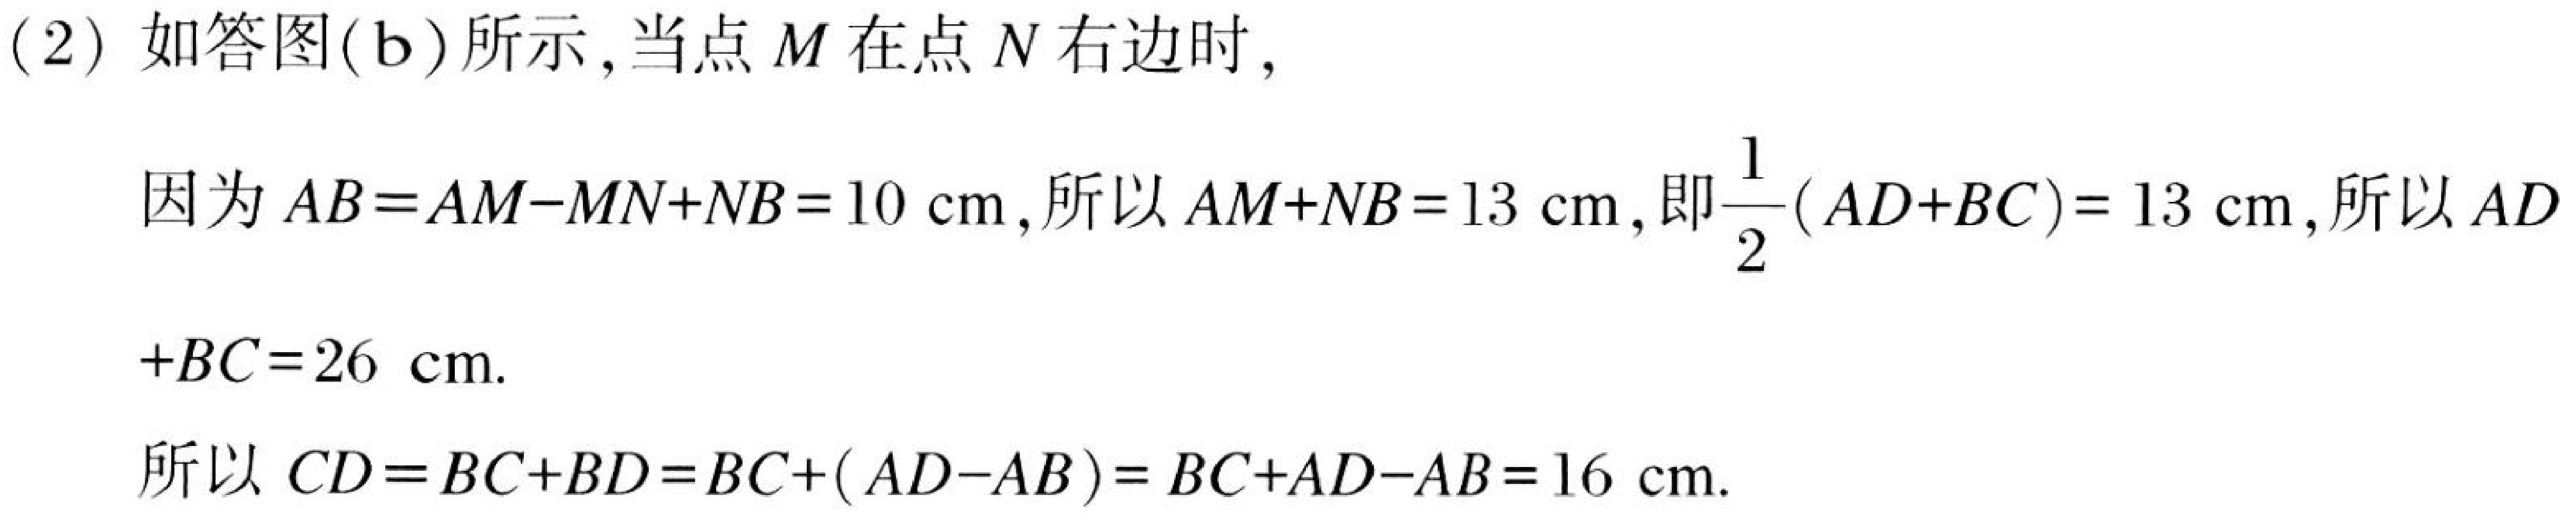
(2) 如答图(\(b\))所示，当点\(M\)在点\(N\)右边时，
因为\(AB = AM - MN+NB = 10\mathrm{cm}\)，所以\(AM + NB = 13\mathrm{cm}\)，即\(\frac{1}{2}(AD + BC)=13\mathrm{cm}\)，所以\(AD\)
\(+BC = 26\mathrm{cm}\).
所以\(CD = BC + BD = BC+(AD - AB)=BC + AD - AB = 16\mathrm{cm}\).